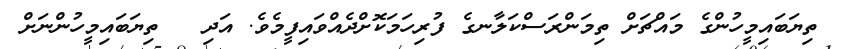
ތިޔަބައިމީހުންގެ މައްޗަށް ތިމަންރަސްކަލާނގެ ފުރިހަމަކޮށްދެއްވައިފީމެވެ. އަދި   ތިޔަބައިމީހުންނަށް